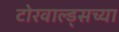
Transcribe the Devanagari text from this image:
टोरवाल्ड्सच्या